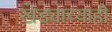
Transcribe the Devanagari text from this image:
खेड्याच्याही